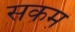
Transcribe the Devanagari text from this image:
सकम